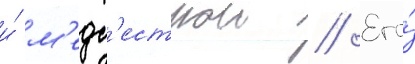
и́ м'едс'естрои // Его́